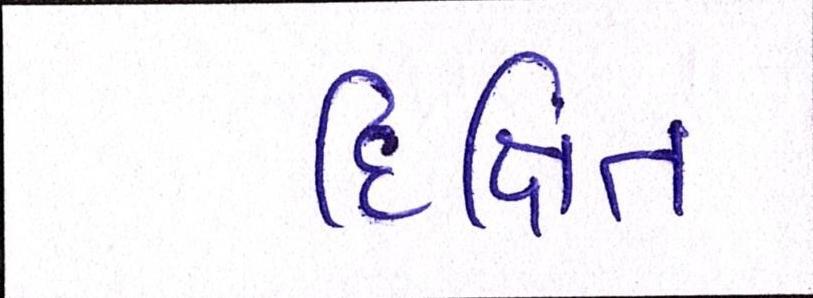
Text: દિક્ષિત